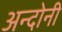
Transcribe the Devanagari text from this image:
अन्दोनी